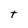
Character: t